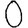
Digit: 0